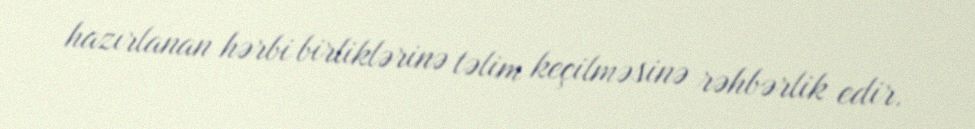
hazırlanan hərbi birliklərinə təlim keçilməsinə rəhbərlik edir.